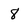
Character: 8